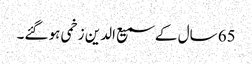
65 سال کے سمیع الدین زخمی ہو گئے۔